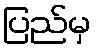
ပြည်မှ